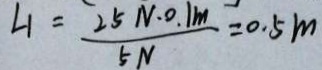
L _ { 1 } = \frac { 2 5 N \cdot 0 . 1 m } { 5 N } = 0 . 5 m